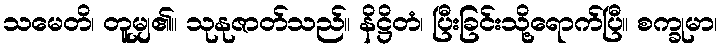
သမေတိ၊ တူမျှ၏။ သုနုဇာတ်သည်။ နိဋ္ဌိတံ၊ ပြီးခြင်းသို့ရောက်ပြီ။ စက္ခုမာ၊